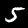
Label: 5